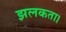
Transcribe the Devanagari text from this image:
झलकता।